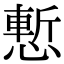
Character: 慙